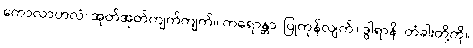
ကောလာဟလံ၊ အုတ်အုတ်ကျက်ကျက်။ ကရောန္တာ၊ ပြုကုန်လျက်။ ဒွါရာနိ၊ တံခါးတို့ကို။